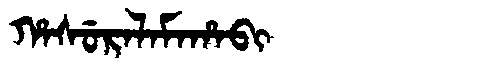
Manchu: ᡥᠠᠰᡠᡵᠠᠯᠠᠮᠠᡥᠠᠪᡳ
Romanization: HASURALAMAHABI